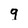
Character: 9